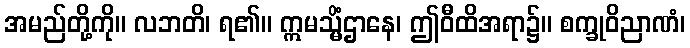
အမည်တို့ကို။ လဘတိ၊ ရ၏။ ဣမသ္မိံဌာနေ၊ ဤဝီထိအရာ၌။ စက္ခုဝိညာဏံ၊